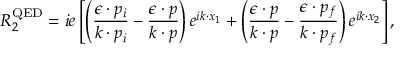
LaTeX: { \cal R } _ { 2 } ^ { \mathrm { Q E D } } = i e \left[ \left( \frac { \epsilon \cdot p _ { i } } { k \cdot p _ { i } } - \frac { \epsilon \cdot p } { k \cdot p } \right) e ^ { i k \cdot x _ { 1 } } + \left( \frac { \epsilon \cdot p } { k \cdot p } - \frac { \epsilon \cdot p _ { f } } { k \cdot p _ { f } } \right) e ^ { i k \cdot x _ { 2 } } \right] ,